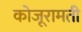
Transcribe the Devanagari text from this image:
कोजूरामती